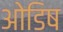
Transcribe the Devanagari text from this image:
ओडिष